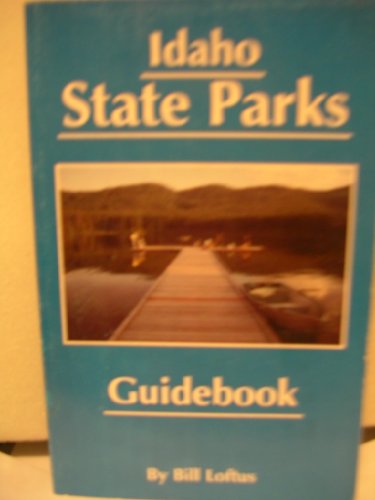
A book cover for Idaho State Parks Guidebook; Loftus; Travel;